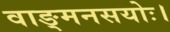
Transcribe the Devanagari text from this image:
वाङ्मनसयोः।